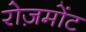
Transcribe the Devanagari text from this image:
रोज़मोंट